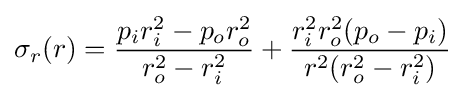
\sigma _{r}(r)={\frac {p_{i}r_{i}^{2}-p_{o}r_{o}^{2}}{r_{o}^{2}-r_{i}^{2}}}+{\frac {r_{i}^{2}r_{o}^{2}(p_{o}-p_{i})}{r^{2}(r_{o}^{2}-r_{i}^{2})}}\